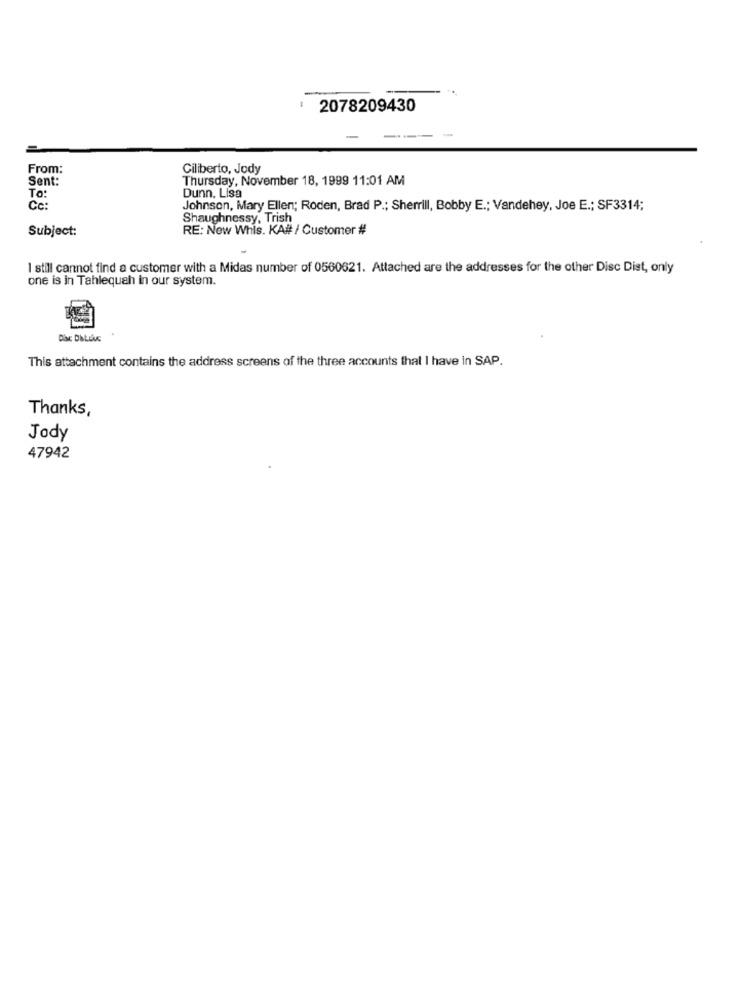
2078209430
From:
Ciliberto, Jody
Sent:
Thursday, November 18, 1999 11:01 AM
To:
Dunn, Lisa
Cc:
Johnson, Mary Ellen; Roden, Brad P .; Sherrill, Bobby E .; Vandehey, Joe E .; SF3314;
Shaughnessy, Trish
Subject:
RE: New Whis. KA# / Customer #
I still cannot find a customer with a Midas number of 0560621. Attached are the addresses for the other Disc Dist, only
one is in Tahlequah in our system.
This attachment contains the address screens of the three accounts that I have in SAP.
Thanks,
Jody
47942